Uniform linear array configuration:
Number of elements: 8
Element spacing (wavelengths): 0.5
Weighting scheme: hann
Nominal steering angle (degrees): -30
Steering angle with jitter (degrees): -30.873
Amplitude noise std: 0.05
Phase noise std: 0.05

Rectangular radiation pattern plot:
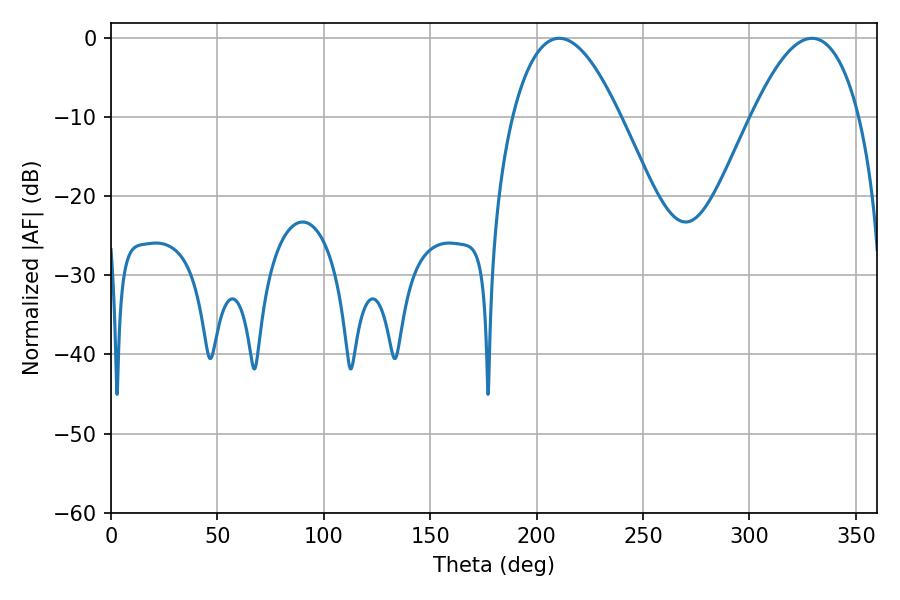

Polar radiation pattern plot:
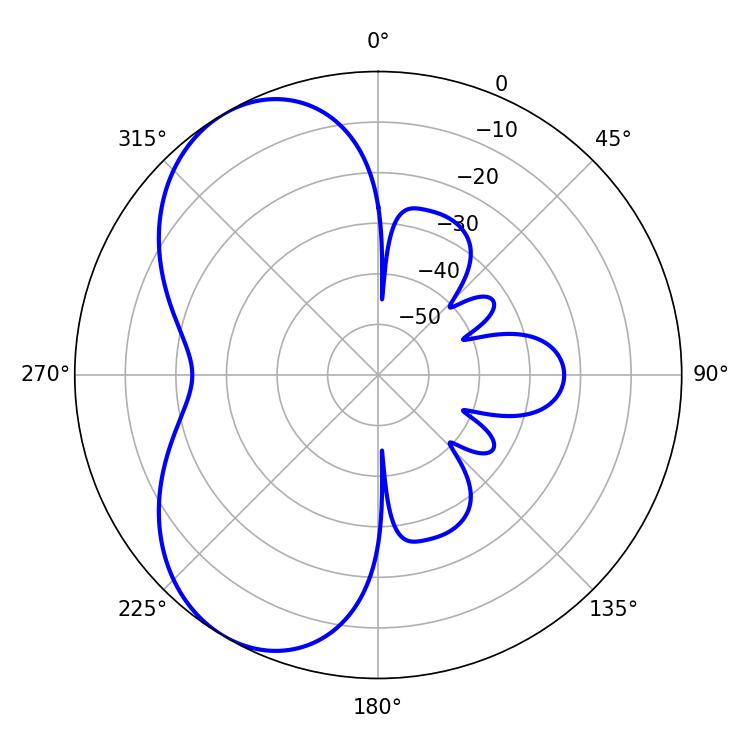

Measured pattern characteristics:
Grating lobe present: FALSE
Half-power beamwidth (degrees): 27.72
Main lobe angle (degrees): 210.6